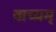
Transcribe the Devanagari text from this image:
वाच्यम्